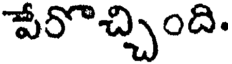
పేరొచ్చింది.